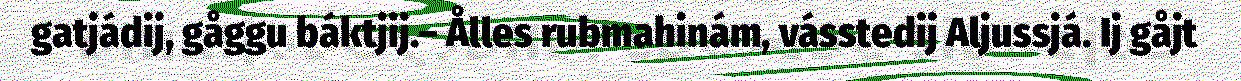
gatjádij, gåggu báktjij.– Ålles rubmahinám, vásstedij Aljussjá. Ij gåjt